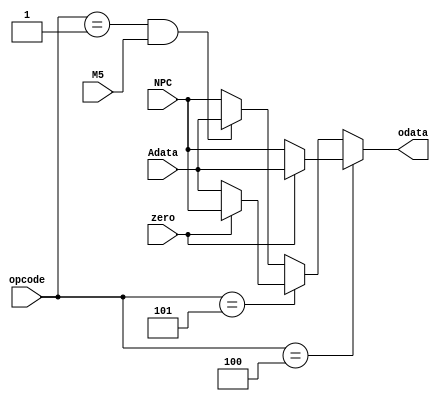
`timescale 1ns / 1ps
//////////////////////////////////////////////////////////////////////////////////
// Company: 
// Engineer: 
// 
// Design Name: 
// Module Name: MUX5
// Project Name: 
// Target Devices: 
// Tool Versions: 
// Description: 
// 
// Dependencies: 
// 
// Revision:
// Revision 0.01 - File Created
// Additional Comments:
// 
//////////////////////////////////////////////////////////////////////////////////


module MUX5(
input M5,
input [31:0]Adata,NPC,
output [31:0]odata,
input zero,
input [5:0]opcode
    );
    assign odata=(opcode==6'b000100)?zero?Adata:NPC:(opcode==6'b000101)?(~zero)?Adata:NPC:(opcode==6'b000001&&M5)?Adata:NPC;
endmodule